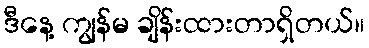
ဒီနေ့ ကျွန်မ ချိန်းထားတာရှိတယ်။